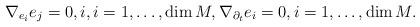
LaTeX: \begin{align*}\nabla_{e_i}e_j=0,i,i=1,\ldots,\dim M,\nabla_{\partial_t}e_i=0,i=1,\ldots,\dim M.\end{align*}